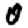
Digit: 0